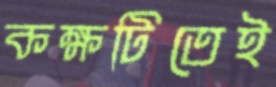
কক্ষটিতেই